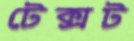
টেক্সট